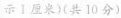
示1厘米)(共10分)